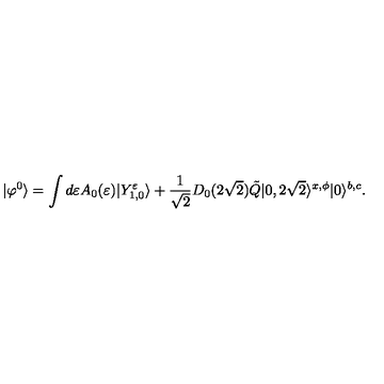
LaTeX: | \varphi ^ { 0 } \rangle = \int d \varepsilon A _ { 0 } ( \varepsilon ) | Y _ { 1 , 0 } ^ { \varepsilon } \rangle + \frac { 1 } { \sqrt { 2 } } D _ { 0 } ( 2 \sqrt { 2 } ) \tilde { Q } | 0 , 2 \sqrt { 2 } \rangle ^ { x , \phi } | 0 \rangle ^ { b , c } .